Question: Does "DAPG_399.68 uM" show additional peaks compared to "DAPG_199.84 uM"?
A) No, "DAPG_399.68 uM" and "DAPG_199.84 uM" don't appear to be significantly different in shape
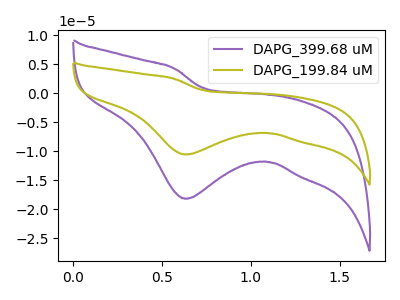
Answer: <think>The purple curve "DAPG_399.68 uM" has a cathodic peak at: (0.65V, -18.20uA). The olive curve "DAPG_199.84 uM" has a cathodic peak at: (0.65V, -10.55uA).
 All the peaks in "DAPG_399.68 uM" have a peak in "DAPG_199.84 uM" at the same potential. Every peak in "DAPG_399.68 uM" is higher than every peak in "DAPG_199.84 uM".</think>
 <answer>A) No, "DAPG_399.68 uM" and "DAPG_199.84 uM" don't appear to be significantly different in shape</answer>
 <eval>A</eval>